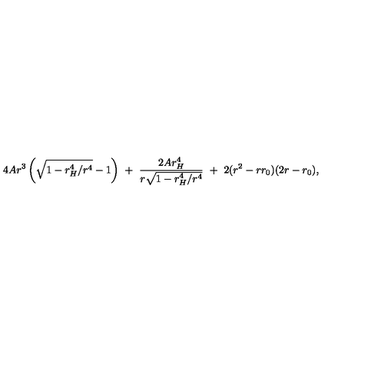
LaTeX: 4 A r ^ { 3 } \left( \sqrt { 1 - r _ { H } ^ { 4 } / r ^ { 4 } } - 1 \right) \ + \ \frac { 2 A r _ { H } ^ { 4 } } { r \sqrt { 1 - r _ { H } ^ { 4 } / r ^ { 4 } } } \ + \ 2 ( r ^ { 2 } - r r _ { 0 } ) ( 2 r - r _ { 0 } ) ,